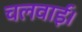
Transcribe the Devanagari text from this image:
चलवाईं।